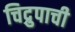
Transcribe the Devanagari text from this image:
चिद्रुपाची